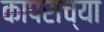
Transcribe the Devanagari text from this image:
कापराच्या